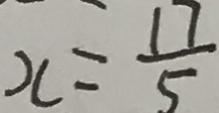
x = \frac { 1 7 } { 5 }